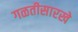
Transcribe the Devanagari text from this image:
गळतीसारखे